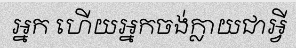
អ្នក ហើយអ្នកចង់ក្លាយជាអ្វី